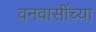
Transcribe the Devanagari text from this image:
वनवासींच्या